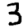
Digit: 3